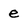
Character: e